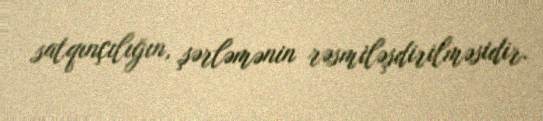
satqınçılığın, şərləmənin rəsmiləşdirilməsidir.